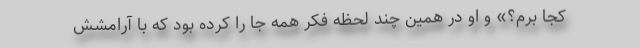
کجا برم؟» و او در همین چند لحظه فکر همه جا را کرده بود که با آرامشش